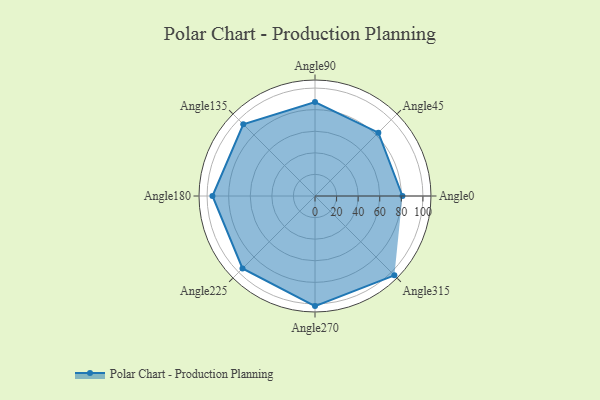
{"axis": {"x": "Angle", "y": "Radius"}, "legend": [""], "data": [{"x": "Angle0", "y": 81.0, "type": ""}, {"x": "Angle45", "y": 83.0, "type": ""}, {"x": "Angle90", "y": 87.0, "type": ""}, {"x": "Angle135", "y": 94.0, "type": ""}, {"x": "Angle180", "y": 95.0, "type": ""}, {"x": "Angle225", "y": 95.0, "type": ""}, {"x": "Angle270", "y": 102.0, "type": ""}, {"x": "Angle315", "y": 104.0, "type": ""}]}